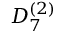
{ D } _ { 7 } ^ { ( 2 ) }